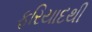
ફરિયાદથી